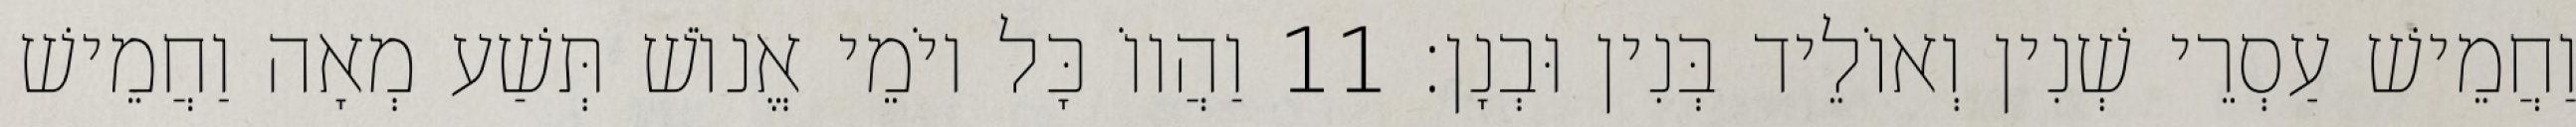
וַחֲמֵישׁ עַסְרֵי שְׁנִין וְאוֹלֵיד בְּנִין וּבְנָן׃ 11 וַהֲווֹ כָּל יוֹמֵי אֱנוֹשׁ תְּשַׁע מְאָה וַחֲמֵישׁ